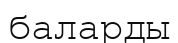
баларды